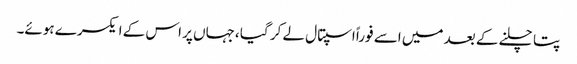
پتا چلنے کے بعد میں اسے فوراً اسپتال لے کر گیا ،جہاں پر اس کے ایکسرے ہوئے۔